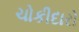
ચોકીદારો